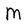
Character: M